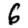
Digit: 6